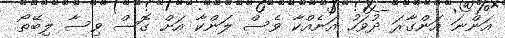
އަންނަ އަންގާރަ ދުވަހު އަނެއްކާ ވެސް ލަންކާ އަށް ގޮސް ވިސާ ލިބޭތޯ